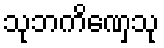
သုဘကိဏှေသု